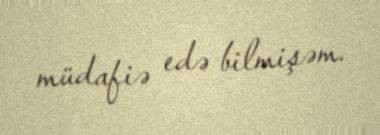
müdafiə edə bilmişəm.